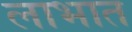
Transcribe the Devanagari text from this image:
लाभात